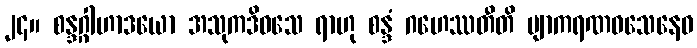
၂၄။ စန္ဒဂ္ဂါဟာဒယော အသုကဒိဝသေ ရာဟု စန္ဒံ ဂဟေဿတီတိ ဗျာကရဏဝသေနေဝ